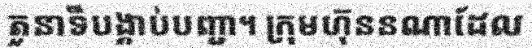
តួនាទីបង្គាប់បញ្ជា។ ក្រុមហ៊ុននណាដែល